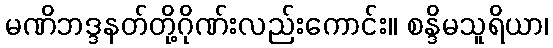
မဏိဘဒ္ဒနတ်တို့ဂိုဏ်းလည်းကောင်း။ စန္ဒိမသူရိယာ၊